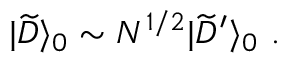
| { \widetilde D } \rangle _ { 0 } \sim N ^ { 1 / 2 } | { \widetilde D } ^ { \prime } \rangle _ { 0 } ~ .